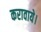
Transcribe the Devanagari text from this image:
करावाये।